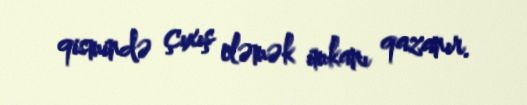
qismində çıxış eləmək imkanı qazanır.